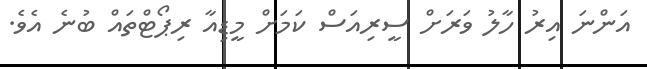
އަންނަ އިރު ހާލު ވަރަށް ސީރިއަސް ކަމަށް މީޑިއާ ރިޕޯޓްތައް ބުނެ އެވެ.